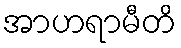
အာဟရာမီတိ